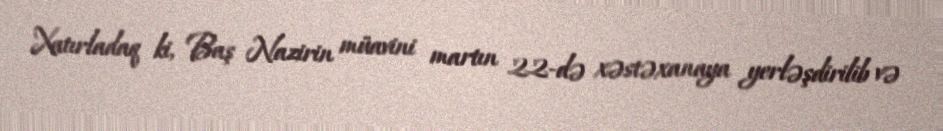
Xatırladaq ki, Baş Nazirin müavini martın 22-də xəstəxanaya yerləşdirilib və